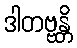
ဒါတဗ္ဗန္တိ